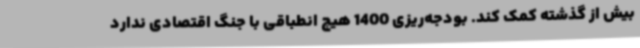
بیش از گذشته کمک کند. بودجه‌ریزی 1400 هیچ انطباقی با جنگ اقتصادی ندارد